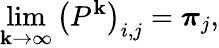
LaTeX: \operatorname*{lim}_{\mathbf{k}\rightarrow\infty}\left(P^{\mathbf{k}}\right)_{i,j}={\boldsymbol{\pi}}_{j},